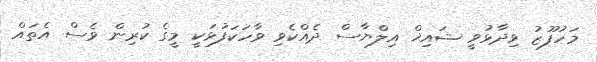
މަހުފޫޒު ވިދާޅުވީ ޝައިޚް އިލްޔާސް ދެއްކެވި ވާހަކަފުޅަކީ މީގެ ކުރިން ވެސް އެތައް